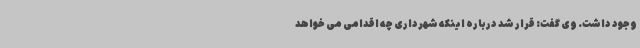
وجود داشت. وی گفت: قرار شد درباره اینکه شهرداری چه اقدامی می خواهد